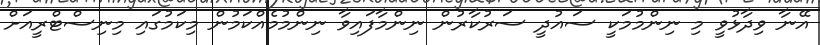
އޭނާ ވިދާޅުވީ މި ނިންމުމަކީ ސައުދީ ސަރުކާރުން ނިންމާފައިވާ ނިންމުމެއްކަމުން މިކަމުގައި މިނިސްޓްރީއަށް